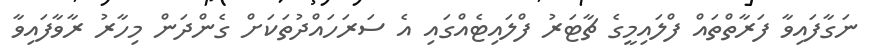
ނަގާފައިވާ ފަރާތްތައް ފްލައިމީގެ ޗާޓަރު ފްލައިޓެއްގައި އެ ސަރަހައްދުތަކަށް ގެންދަން މިހާރު ރާވާފައިވާ